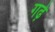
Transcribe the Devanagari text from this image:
गढे़